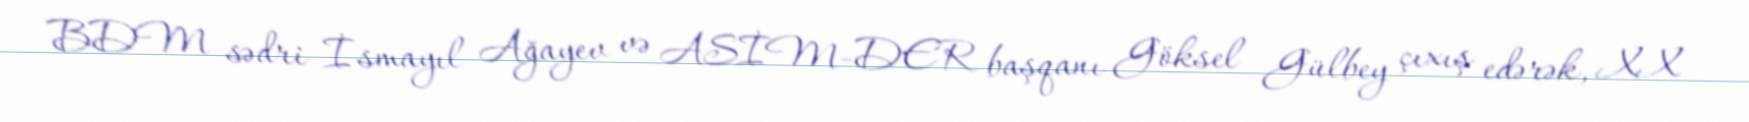
BDM sədri İsmayıl Ağayev və ASİM-DER başqanı Göksel Gülbey çıxış edərək, XX